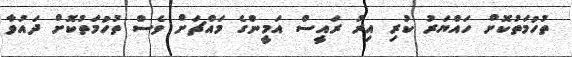
ތުހުމަތުކޮށް ހައްޔަރު ކުރި އިރު ރައީސް އަމީންގެ މައްޗަށް ވެސް ތުހުމަތުކޮށް ދައުވާ